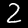
Label: 2